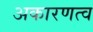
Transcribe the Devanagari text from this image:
अकारणत्व